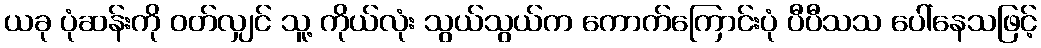
ယခု ပုံဆန်းကို ဝတ်လျှင် သူ့ ကိုယ်လုံး သွယ်သွယ်က ကောက်ကြောင်းပုံ ပီပီသသ ပေါ်နေသဖြင့်